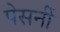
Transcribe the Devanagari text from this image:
पेसनीं